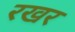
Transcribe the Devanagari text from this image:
रखर